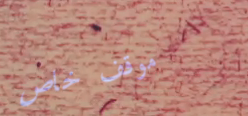
موقف خاص